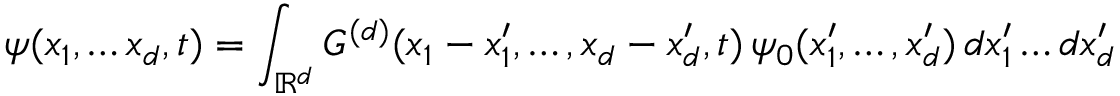
\psi ( x _ { 1 } , \dots x _ { d } , t ) = \int _ { \mathbb { R } ^ { d } } G ^ { ( d ) } ( x _ { 1 } - x _ { 1 } ^ { \prime } , \dots , x _ { d } - x _ { d } ^ { \prime } , t ) \, \psi _ { 0 } ( x _ { 1 } ^ { \prime } , \dots , x _ { d } ^ { \prime } ) \, d x _ { 1 } ^ { \prime } \dots d x _ { d } ^ { \prime }